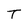
Character: T